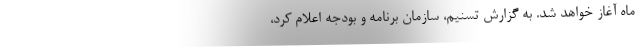
ماه آغاز خواهد شد. به گزارش تسنیم، سازمان برنامه و بودجه اعلام کرد،